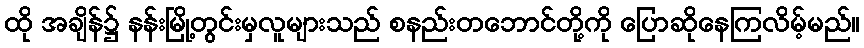
ထို အချိန်၌ နန်းမြို့တွင်းမှလူများသည် စနည်းတဘောင်တို့ကို ပြောဆိုနေကြလိမ့်မည်။